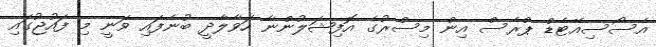
އެސޯސިއޭޓެޑް ޕްރެސް އިން މިސްރުގެ އޮފިޝަލުންނާ ހަވާލާދީ ބުނެފައި ވަނީ މި ފައުޖުގައި